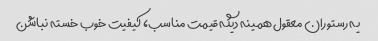
یه رستوران معقول همینه دیگه قیمت مناسب، کیفیت خوب خسته نباشن